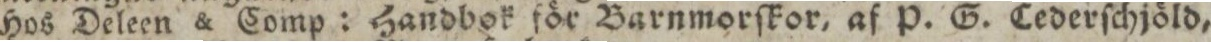
Hos Deleen & Comp: Handbok för Barnmorſkor, af P. G. Cederſchjöld,